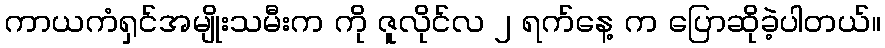
ကာယကံရှင်အမျိုးသမီးက ကို ဇူလိုင်လ ၂ ရက်နေ့ က ပြောဆိုခဲ့ပါတယ်။